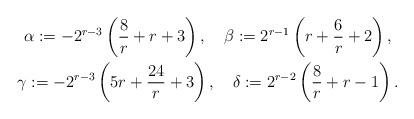
LaTeX: \begin{gather*}\alpha:=-2^{r-3}\left( \frac{8}{r}+r+3\right) ,\quad\beta:=2^{r-1}\left(r+\frac{6}{r}+2\right) ,\\\gamma:=-2^{r-3}\left( 5r+\frac{24}{r}+3\right) ,\quad\delta:=2^{r-2}\left(\frac{8}{r}+r-1\right) .\end{gather*}